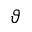
\vartheta